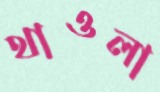
থাওলা